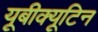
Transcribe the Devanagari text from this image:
यूबीक्यूटिन